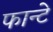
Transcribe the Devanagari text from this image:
फान्टे